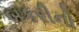
બકરીનો